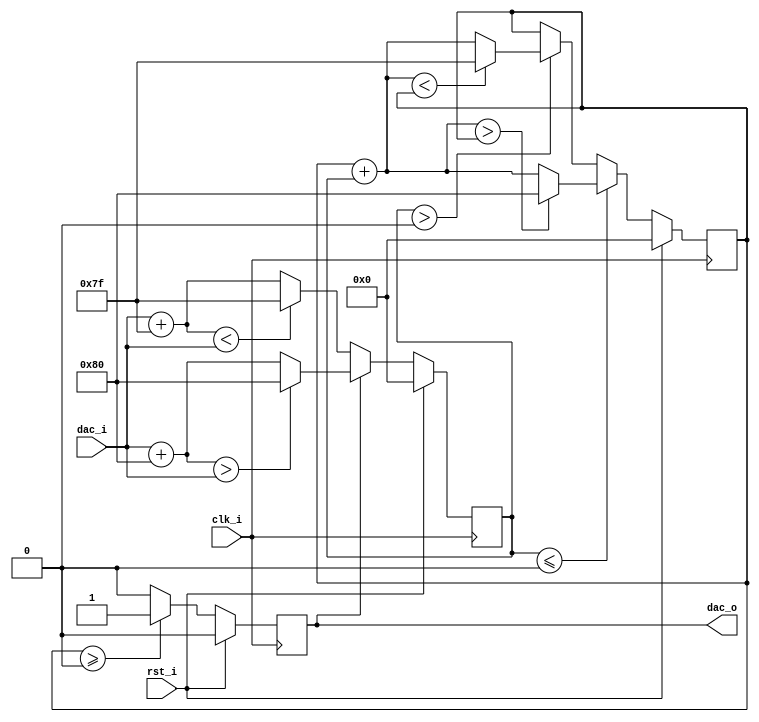
/*
 Simple counter with generic bitwidth .
 */

 `default_nettype none
 `ifndef __COUNTER__
 `define __COUNTER__

 module sigma_delta
 #(
 parameter BW = 8 // optional parameter
 ) (
 // define I /O  s of the module
 input clk_i , // clock
 input rst_i , // reset
 input signed [BW-1:0] dac_i, //input
 output wire dac_o
 ) ;

 // start the module implementation

 // register to store the counter value
 reg signed [BW-1:0] register_val;
 reg signed [BW-1:0] delta_val;
 reg dac_reg;

 // assign the counter value to the output
 //assign acc_o = register_val;
 assign dac_o = dac_reg;
 //assign delta_o = delta_val;

 always @ ( posedge clk_i ) begin
 // gets active always when a positive edge of the clock signal occours
 
 if ( rst_i == 1'b1 ) begin
 // if reset is enabled, all registers are rest
 register_val <= {BW {1'b0 }};
 delta_val <= {BW {1'b0 }};
 dac_reg <= 1'b0;
 end else begin
 if(dac_o == 1'b0) begin //DAC output is 0
  if(dac_i + $signed({1'b0,{(BW-1){1'b1}}}) < dac_i) begin
     delta_val <= {1'b0,{(BW-1){1'b1}}};
   end else begin
  delta_val <= dac_i + $signed({1'b0,{(BW-1){1'b1}}});
  end
 end
 
 if(dac_o == 1'b1) begin
   if(dac_i + $signed({1'b1,{(BW-1){1'b0}}}) > dac_i) begin
     delta_val <= {1'b1,{(BW-1){1'b0}}};
   end else begin
  delta_val <= dac_i + $signed({1'b1,{(BW-1){1'b0}}});
  end
 end
 
 //summing up the inputs, with overflow protection
 if(delta_val > {BW {1'b0}}) begin
   if(register_val + delta_val < register_val) begin
     register_val <= {1'b0,{(BW-1){1'b1}}};
   end else begin
  register_val <= register_val + delta_val;
  end
 end 
 
  if(delta_val <= $signed({BW {1'b0 }})) begin
   if(register_val + delta_val > register_val) begin
     register_val <= {1'b1,{(BW-1){1'b0}}};
   end else begin
  register_val <= register_val + delta_val;
  end
 end 
 
 //switching the output to 1 for positive accumulator values, and 0 for negative values
  if(register_val >= $signed({BW {1'b0}})) begin
   dac_reg <= 1'b1;
  end else begin
   dac_reg <= 1'b0;
  end
  
  end
 end

 endmodule // counter

`endif
`default_nettype wire